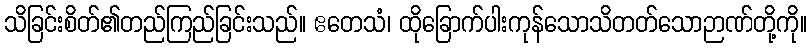
သိခြင်းစိတ်၏တည်ကြည်ခြင်းသည်။ ဧတေသံ၊ ထိုခြောက်ပါးကုန်သောသိတတ်သောဉာဏ်တို့ကို။